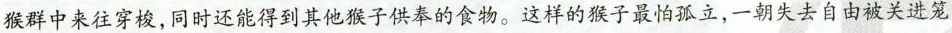
猴群中来往穿梭，同时还能得到其他猴子供奉的食物。这样的猴子最怕孤立，一朝失去自由被关进笼